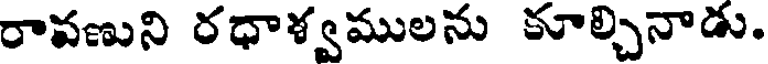
రావణుని రధాళ్వములను కూల్చినాడు.